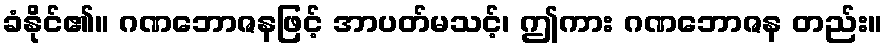
ခံနိုင်၏။ ဂဏဘောဇနဖြင့် အာပတ်မသင့်၊ ဤကား ဂဏဘောဇန တည်း။